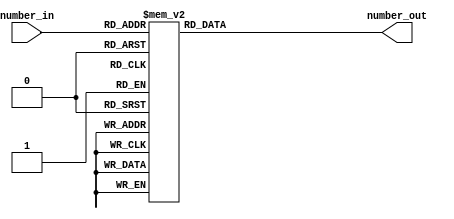
`timescale 1ns / 1ps
//////////////////////////////////////////////////////////////////////////////////
// Company: 
// Engineer: 
// 
// Design Name: 
// Module Name: number_to_7seg
// Project Name: 
// Target Devices: 
// Tool Versions: 
// Description: 
// 
// Dependencies: 
// 
// Revision:
// Revision 0.01 - File Created
// Additional Comments:
// 
//////////////////////////////////////////////////////////////////////////////////

module number_to_7seg(
    input [3:0] number_in,
	output reg [0:7] number_out 
    );
    always@(number_in) begin
        case(number_in)
            0: begin
                number_out = 8'b00000011;
            end
            1: begin
                number_out = 8'b10011111;
            end 
            2: begin
                number_out = 8'b00100101;
            end
            3: begin
                number_out = 8'b00001101;
            end   
            4: begin
                number_out = 8'b10011001;
            end
            5: begin
                number_out = 8'b01001001;
            end 
            6: begin
                number_out = 8'b01000001;
            end
            7: begin
                number_out = 8'b00011111;
            end
            8: begin
                number_out = 8'b00000001;
            end
            9: begin
                number_out = 8'b00001001;
            end
            10: begin
                number_out = 8'b00010001;
            end
			11: begin
                number_out = 8'b11000001;
            end
			12: begin
                number_out = 8'b01100011;
            end
			13: begin
                number_out = 8'b10000101;
            end
			14: begin
                number_out = 8'b01100001;
            end
			15: begin
                number_out = 8'b01110001;
            end
            default: begin
                number_out = 8'b11111111;
            end    
        endcase
    end
endmodule